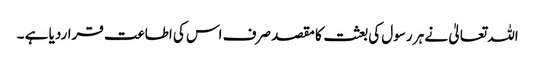
اللہ تعالیٰ نے ہر رسول کی بعثت کا مقصد صرف اس کی اطاعت قراردیا ہے ۔